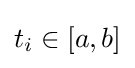
t_{i}\in [a,b]